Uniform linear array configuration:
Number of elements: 24
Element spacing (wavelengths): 0.75
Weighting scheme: hamming
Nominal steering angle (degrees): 30
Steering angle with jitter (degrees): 30.484
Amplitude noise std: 0.05
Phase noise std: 0.05

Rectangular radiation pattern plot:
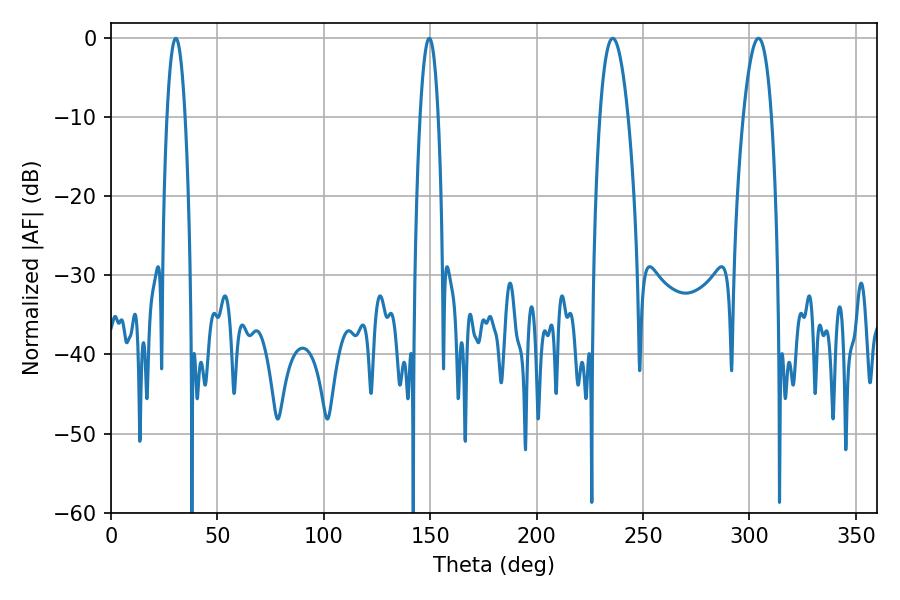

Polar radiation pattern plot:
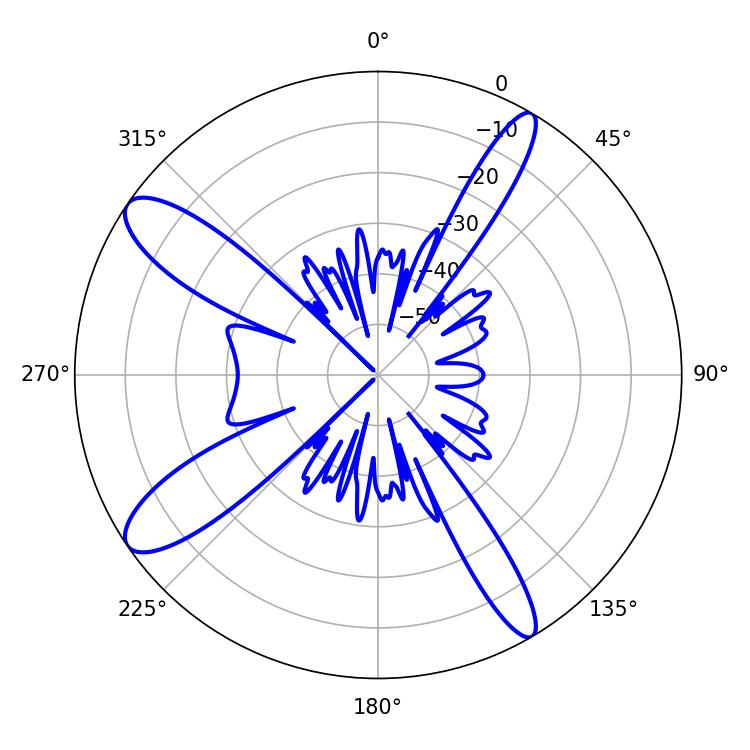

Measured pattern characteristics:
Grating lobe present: TRUE
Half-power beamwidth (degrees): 4.68
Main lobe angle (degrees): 30.42